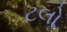
ટલો